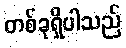
တစ်ခုရှိပါသည်